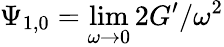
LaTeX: \Psi_{1,0}=\operatorname*{lim}_{\omega\to 0}2G^{\prime}/\omega^{2}